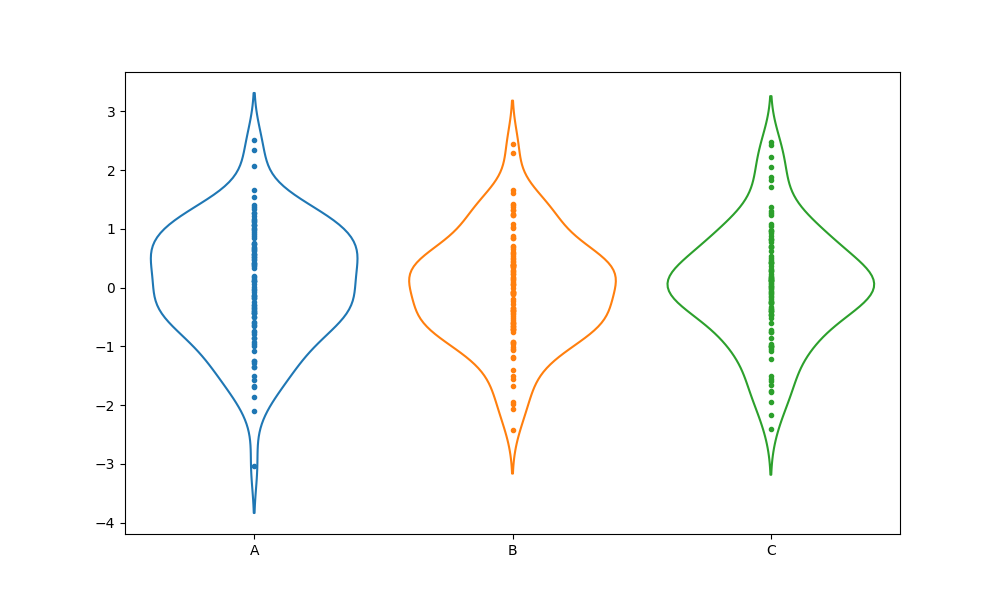
python, seaborn, violinplot, scale='area', split='False', inner='point', fill='False'